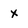
Character: x